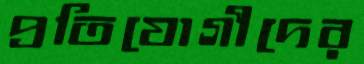
প্রতিযোগীদের